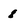
Character: 8